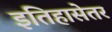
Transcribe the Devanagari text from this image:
इतिहासेतर